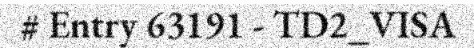
# Entry 63191 - TD2_VISA